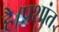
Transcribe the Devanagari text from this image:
है।प्रशांत